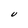
Character: U